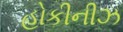
હોકીનીઝ